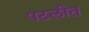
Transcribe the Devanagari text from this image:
पटलीत